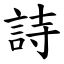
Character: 詩